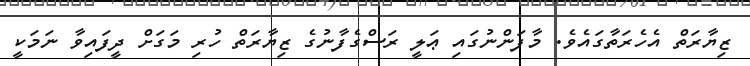
ޒިޔާރަތް އެހެރަތާގައެވެ. މާފަންނުގައި ޢަލީ ރަސްގެފާނުގެ ޒިޔާރަތް ހުރި މަގަށް ދީފައިވާ ނަމަކީ